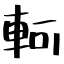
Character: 軻